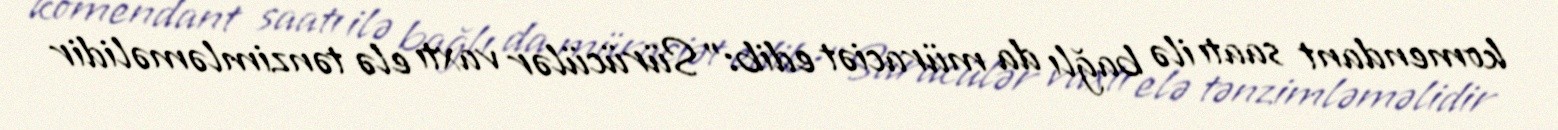
komendant saatı ilə bağlı da müraciət edib:"Sürücülər vaxtı elə tənzimləməlidir